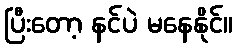
ပြီးတော့ နင်ပဲ မနေနိုင်။